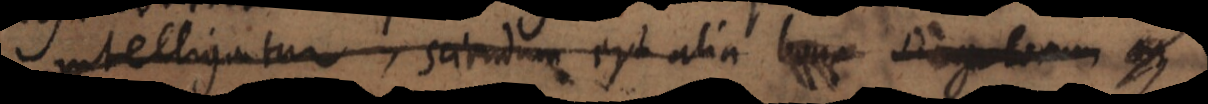
intelligatur, sciendum est alia bona singulorum